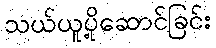
သယ်ယူပို့ဆောင်ခြင်း